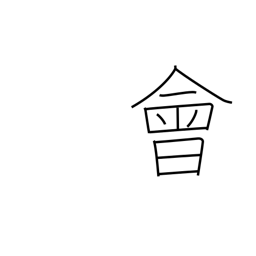
Meaning: interview